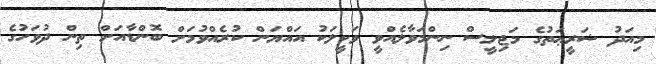
މިއަދު ޝަރީޢަތުގެ މަޖިލީސް ނިންމަވާލެއްވީ ވަކީލަކު އައްޔަން ކުރެއްވުމަށް ބޮންޑާއަށް ތިން ދުވަހުގެ